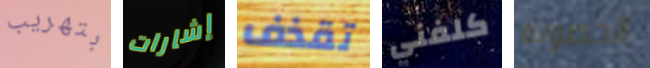
بتهريب إشارات تقذف كلفني الخصوبة